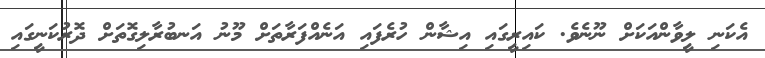
އެކަނި ލީވާންއަކަށް ނޫނެވެ. ކައިރީގައި އިޝާން ހުރެފައި އަނެއްފަރާތަށް މޫނު އަނބުރާލިގޮތަށް ދޮރުކަނީގައި